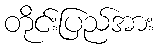
တိုင်းပြည်အား